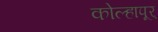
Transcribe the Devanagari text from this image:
कोल्हापूर्